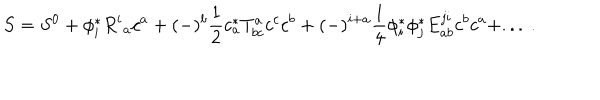
S = S ^ { 0 } + \phi _ { i } ^ { * } R ^ { i } { } _ { a } c ^ { a } + ( - ) ^ { b } \frac { 1 } { 2 } c _ { a } ^ { * } T _ { b c } ^ { a } c ^ { c } c ^ { b } + ( - ) ^ { i + a } \frac { 1 } { 4 } \phi _ { i } ^ { * } \phi _ { j } ^ { * } E _ { a b } ^ { j i } c ^ { b } c ^ { a } + . . . \ .